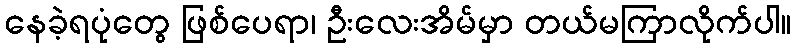
နေခဲ့ရပုံတွေ ဖြစ်ပေရာ၊ ဦးလေးအိမ်မှာ တယ်မကြာလိုက်ပါ။